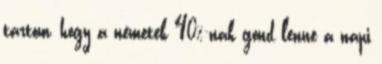
tartom, hogy a németek 40%-nak gond lenne a napi